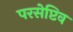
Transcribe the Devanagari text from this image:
परसेप्टिव